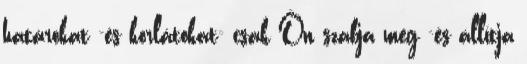
határokat -és korlátokat- csak Ön szabja meg -és állítja